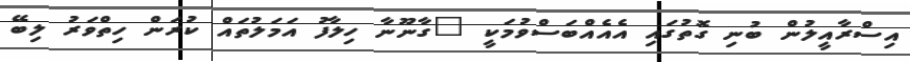
އިސްރާއީލުން ބުނި ގޮތުގައި އެއެއްބަސްވުމަކީ "ގާނޫނާ ހިލާފު އަމަލުތައް ކުރަން ހިތްވަރު ލިބޭ